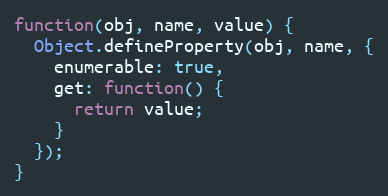
Language: JavaScript
function(obj, name, value) {
  Object.defineProperty(obj, name, {
    enumerable: true,
    get: function() {
      return value;
    }
  });
}